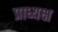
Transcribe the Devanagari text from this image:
प्राध्यक्ष